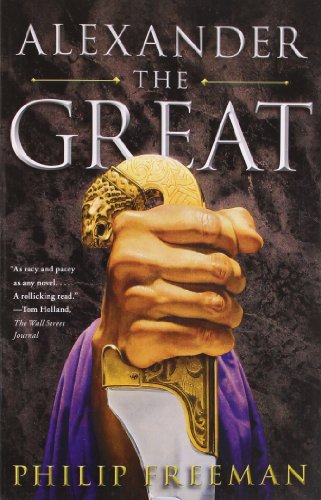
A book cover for Alexander the Great; Philip Freeman; History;